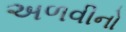
અળવીનો